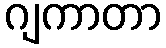
ဂျကာတာ